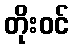
တိုးဝင်